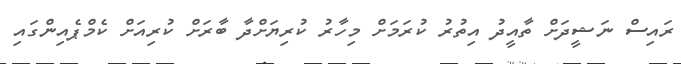
ރައިސް ނަޝީދަށް ތާއީދު އިތުރު ކުރަމަށް މިހާރު ކުރިޔަށްދާ ބާރަށް ކުރިއަށް ކެމްޕެއިންގައި